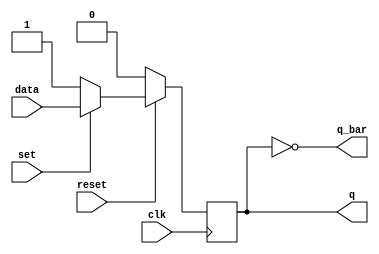
module df_behav (q, q_bar, data, set, reset, clk);
input 		data, set, clk, reset;
  output 		q, q_bar;
  reg 		q;

  assign q_bar = ~ q;

  always @  (posedge clk)  // Flip-flop with synchronous set/reset
  begin
    if (reset == 0) q <= 0; 
      else if (set ==0) q <= 1;
        else q <= data; 
  end
endmodule